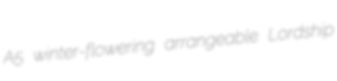
A5 winter-flowering arrangeable Lordship